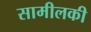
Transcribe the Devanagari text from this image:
सामीलकी